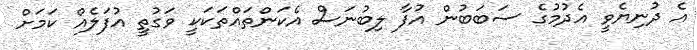
އެ ދުނިޔެވީ އެދުމުގެ ސަބަބުން އުފާ ލިބުނަސް އެކަންތައްތަކަކީ ވަގުތީ އުފަލެއް ކަމަށް